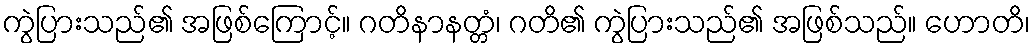
ကွဲပြားသည်၏ အဖြစ်ကြောင့်။ ဂတိနာနတ္တံ၊ ဂတိ၏ ကွဲပြားသည်၏ အဖြစ်သည်။ ဟောတိ၊